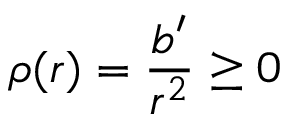
\rho ( r ) = \frac { b ^ { \prime } } { r ^ { 2 } } \ge 0